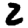
Digit: 2